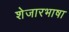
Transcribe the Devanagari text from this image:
शेजारभाषा